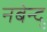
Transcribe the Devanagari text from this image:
नबेन्दु